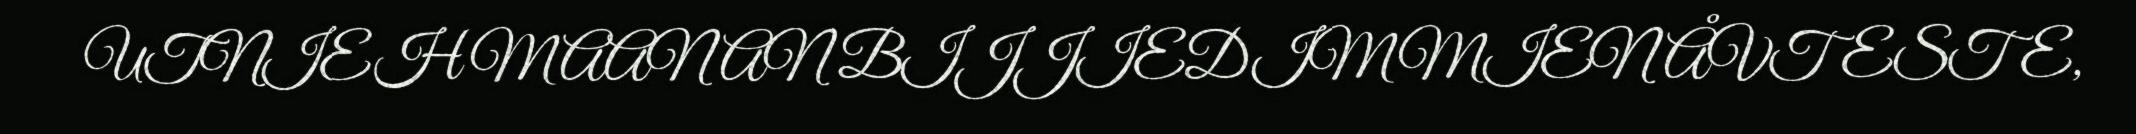
UTNIEH MAANAN BIJJIEDIMMIEN ÅVTESTE,